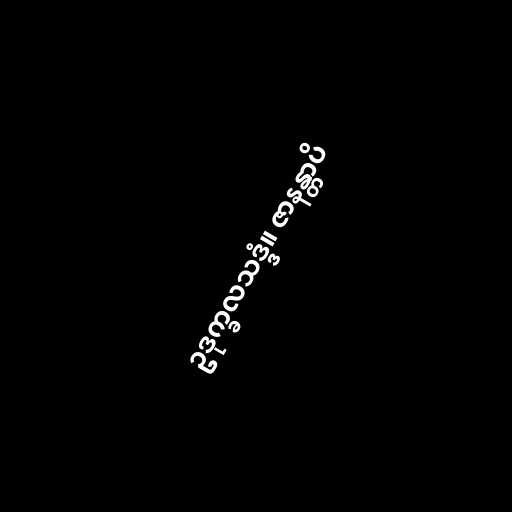
ဥဒုက္ခလသဒ္ဒံ။ ဇာနန္တာပိ